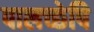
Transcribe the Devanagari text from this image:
पालच्छेपि